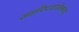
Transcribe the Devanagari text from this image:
सर्वारिष्टशान्तिर्भवतु